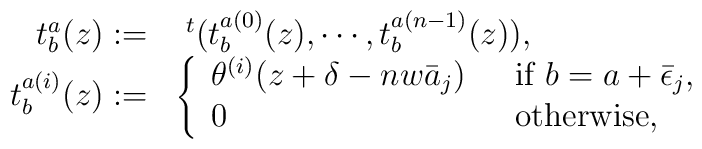
\begin{array}{rl}t^{a}_{b}(z):=  & ~^{t}(t_{b}^{a(0)}(z), \cdots , t_{b}^{a(n-1)}(z)), \\t_{b}^{a(i)}(z):= & \left\{ \begin{array}{ll} \theta^{(i)}(z+\delta -nw\bar{a}_j ) ~~ & \mbox{if $b=a+\bar{\epsilon}_j ,$} \\0 ~~ & \mbox{otherwise,} \end{array} \right. \end{array}